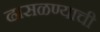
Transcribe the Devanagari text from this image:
ढासळण्याची